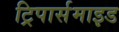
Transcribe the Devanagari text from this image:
ट्रिपार्समाइड